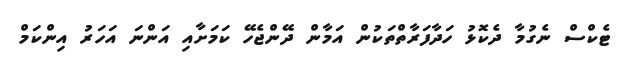
ޓެކްސް ނެގުމާ ދެކޮޅު ހަދާފަރާތްތަކުން އަމާން ދޭންޖެހޭ ކަމަށާއި އަންނަ އަހަރު އިންކަމް